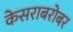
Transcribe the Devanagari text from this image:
केसराबरोबर